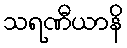
သရဏီယာနိ